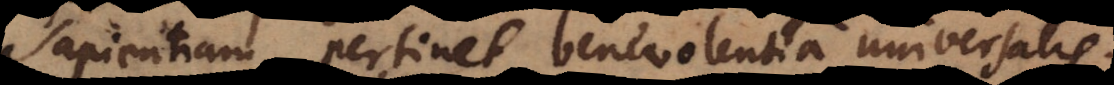
sapientiam pertinet benevolentia universali